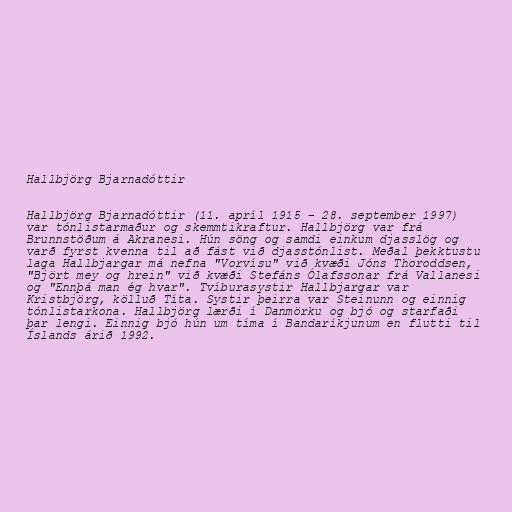
Hallbjörg Bjarnadóttir

Hallbjörg Bjarnadóttir (11. apríl 1915 – 28. september 1997)
var tónlistarmaður og skemmtikraftur. Hallbjörg var frá
Brunnstöðum á Akranesi. Hún söng og samdi einkum djasslög og
varð fyrst kvenna til að fást við djasstónlist. Meðal þekktustu
laga Hallbjargar má nefna "Vorvísu" við kvæði Jóns Thoroddsen,
"Björt mey og hrein" við kvæði Stefáns Ólafssonar frá Vallanesi
og "Ennþá man ég hvar". Tvíburasystir Hallbjargar var
Kristbjörg, kölluð Títa. Systir þeirra var Steinunn og einnig
tónlistarkona. Hallbjörg lærði í Danmörku og bjó og starfaði
þar lengi. Einnig bjó hún um tíma í Bandaríkjunum en flutti til
Íslands árið 1992.